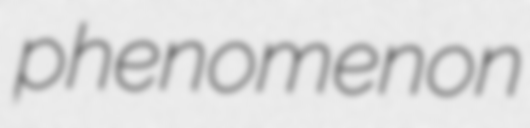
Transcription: phenomenon